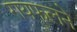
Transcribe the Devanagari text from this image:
रायफलने